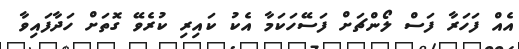
އެއް ފަހަރާ ފަސް ލޯންޗަށް ފަސޭހަކަމާ އެކު ކައިރި ކުރެވޭ ގޮތަށް ހަދާފައިވާ